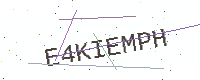
Text: E4KIEMPH